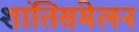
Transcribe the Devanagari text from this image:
शांतिसंमेलन